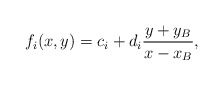
\begin{align*}f_i(x,y)=c_i+d_i{y+y_B\over x-x_B}, \end{align*}